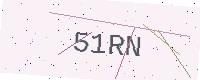
Text: 51RN